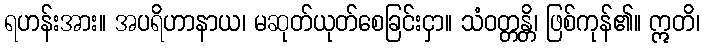
ရဟန်းအား။ အပရိဟာနာယ၊ မဆုတ်ယုတ်စေခြင်းငှာ။ သံဝတ္တန္တိ၊ ဖြစ်ကုန်၏။ ဣတိ၊